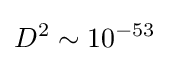
D^{2}\sim 10^{-53}